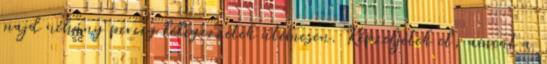
majd néhány percig lélegezzetek ütemesen. Képzeljétek el, amint a